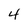
Character: 4